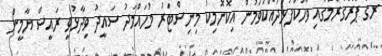
ރޭގެ ޕްރޮގުރާމުގައި ވާހަކަފުޅުދައްކަވަމުން އިކޮނޮމިކު މިނިސްޓަރު މުހައްމަދު ސައީދު ވިދާޅުވީ ރައީސް ޔާމީން